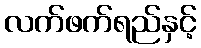
လက်ဖက်ရည်နှင့်